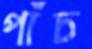
পাঁচ